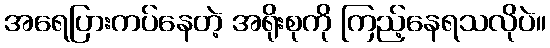
အရေပြားကပ်နေတဲ့ အရိုးစုကို ကြည့်နေရသလိုပဲ။